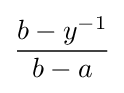
{\frac {b-y^{-1}}{b-a}}